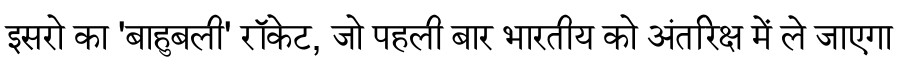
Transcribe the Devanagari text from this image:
इसरो का 'बाहुबली' रॉकेट, जो पहली बार भारतीय को अंतरिक्ष में ले जाएगा